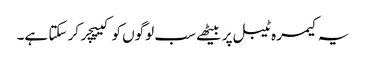
یہ کیمرہ ٹیبل پر بیٹھے سب لوگوں کو کیپچر کر سکتا ہے۔